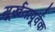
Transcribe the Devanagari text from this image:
मूर्खतापूर्वक